Report of the Indian Hemp Drugs Commission, 1894-1895 - Volume VIII
Year: 1894
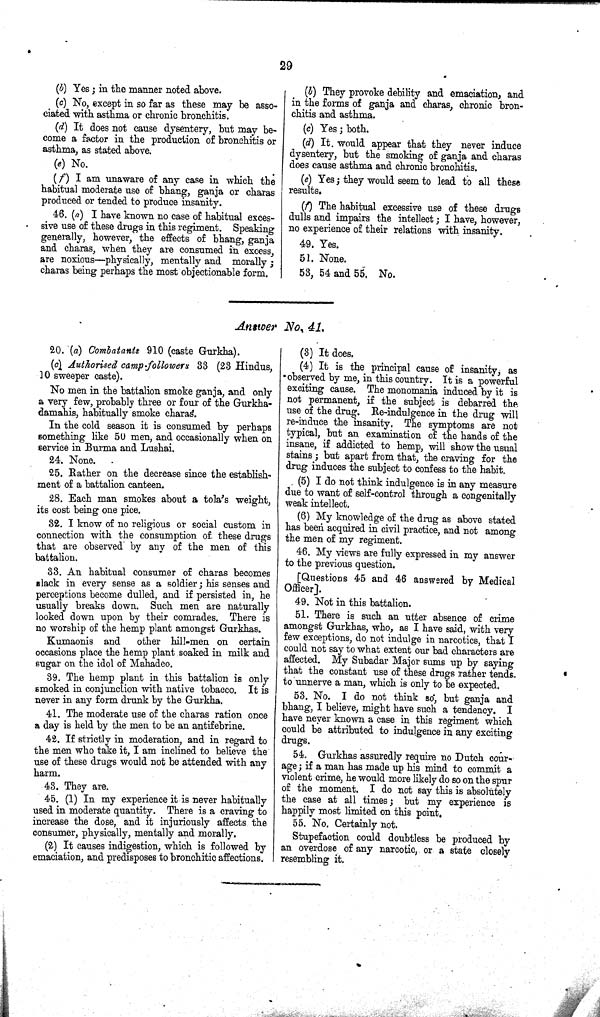
29
(b) Yes; in the manner noted above.
(c) No, except in so far as these may be asso-
ciated with asthma or chronic bronchitis.
(d) It does not cause dysentery, but may be-
come a factor in the production of bronchitis or
asthma, as stated above.
(e) No.
(f) I am unaware of any case in which the
habitual moderate use of bhang, ganja or charas
produced or tended to produce insanity.
46. (a) I have known no case of habitual exces-
sive use of these drugs in this regiment. Speaking
generally, however, the effects of bhang, ganja
and charas, when they are consumed in excess,
are noxious-physically, mentally and morally;
charas being perhaps the most objectionable form.
(b) They provoke debility and emaciation, and
in the forms of ganja and charas, chronic bron-
chitis and asthma.
(c) Yes; both.
(d) It would appear that they never induce
dysentery, but the smoking of ganja and charas
does cause asthma and chronic bronchitis.
(e) Yes; they would seem to lead to all these
results.
(f) The habitual excessive use of these drugs
dulls and impairs the intellect; I have, however,
no experience of their relations with insanity.
49. Yes.
51. None.
53, 54 and 55. No.
Answer No. 41.
20. (a) Combatants 910 (caste Gurkha).
(c) Authorised camp-followers 33 (23 Hindus,
10 sweeper caste).
No men in the battalion smoke ganja, and only
a very few, probably three or four of the Gurkha-
damahis, habitually smoke charas.
In the cold season it is consumed by perhaps
something like 50 men, and occasionally when on
service in Burma and Lushai.
24. None.
25. Rather on the decrease since the establish-
ment of a battalion canteen.
28. Each man smokes about a tola's weight,
its cost being one pice.
32. I know of no religious or social custom in
connection with the consumption of these drugs
that are observed by any of the men of this
battalion.
33. An habitual consumer of charas becomes
slack in every sense as a soldier; his senses and
perceptions become dulled, and if persisted in, he
usually breaks down. Such men are naturally
looked down upon by their comrades. There is
no worship of the hemp plant amongst Gurkhas.
Kumaonis and
other hill-men on certain
occasions place the hemp plant soaked in milk and
sugar on the idol of Mahadeo.
39. The hemp plant in this battalion is only
smoked in conjunction with native tobacco. It is
never in any form drunk by the Gurkha.
41. The moderate use of the charas ration once
a day is held by the men to be an antifebrine.
42. If strictly in moderation, and in regard to
the men who take it, I am inclined to believe the
use of these drugs would not be attended with any
harm.
43. They are.
45. (1) In my experience it is never habitually
used in moderate quantity. There is a craving to
increase the dose, and it injuriously affects the
consumer, physically, mentally and morally.
(2) It causes indigestion, which is followed by
emaciation, and predisposes to bronchitic affections.
(3) It does.
(4) It is the principal cause of insanity, as
observed by me, in this country. It is a powerful
exciting cause. The monomania induced by it is
not permanent, if the subject is debarred the
use of the drug. Re-indulgence in the drug will
re-induce the insanity. The symptoms are not
typical, but an examination of the hands of the
insane, if addicted to hemp, will show the usual
stains; but apart from that, the craving for the
drug induces the subject to confess to the habit.
(5) I do not think indulgence is in any measure
due to want of self-control through a congenitally
weak intellect.
(6) My knowledge of the drug as above stated
has been acquired in civil practice, and not among
the men of my regiment.
46. My views are fully expressed in my answer
to the previous question.
[Questions 45 and 46 answered by Medical
Officer].
49. Not in this battalion.
51. There is such an utter absence of crime
amongst Gurkhas, who, as I have said, with very
few exceptions, do not indulge in narcotics, that I
could not say to what extent our bad characters are
affected. My Subadar Major sums up by saying
that the constant use of these drugs rather tends
to unnerve a man, which is only to be expected.
53. No. I do not think so, but ganja and
bhang, I believe, might have such a tendency. I
have never known a case in this regiment which
could be attributed to indulgence in any exciting
drugs.
54. Gurkhas assuredly require no Dutch cour-
age; if a man has made up his mind to commit a
violent crime, he would more likely do so on the spur
of the moment. I do not say this is absolutely
the case at all times; but my experience is
happily most limited on this point.
55. No. Certainly not.
Stupefaction could doubtless be produced by
an overdose of any narcotic, or a state closely
resembling it.